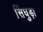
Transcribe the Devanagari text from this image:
सिंघुड़ा